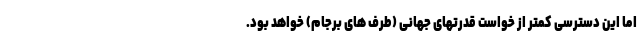
اما این دسترسی کمتر از خواست قدرتهای جهانی (طرف های برجام) خواهد بود.